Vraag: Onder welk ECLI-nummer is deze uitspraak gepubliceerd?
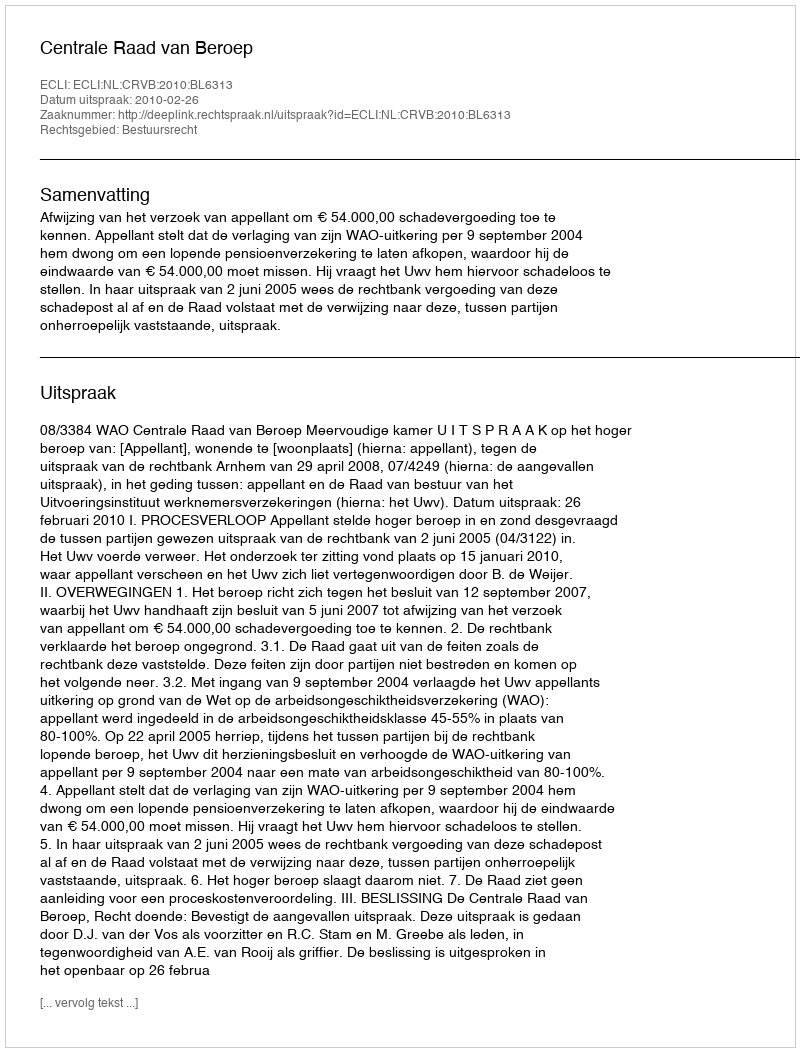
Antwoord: ECLI:NL:CRVB:2010:BL6313